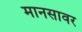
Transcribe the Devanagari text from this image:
मानसावर